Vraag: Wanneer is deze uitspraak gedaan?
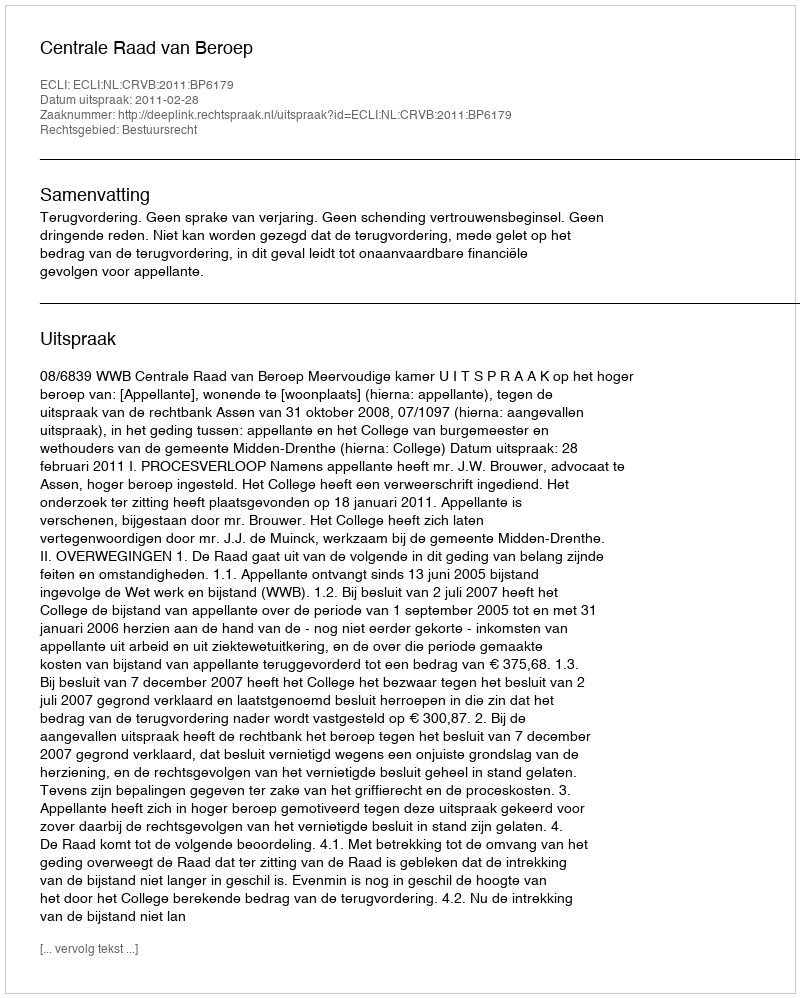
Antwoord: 2011-02-28